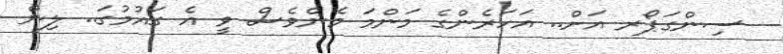
ސިންގަޕޯރ އަށް.. އަހަރެންގެ މަންމަ މެންވެސް ވީ އެ ގައުމުގަ.. ލިން